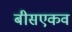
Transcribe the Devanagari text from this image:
बीसएकव